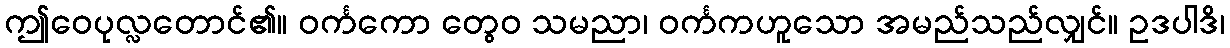
ဤဝေပုလ္လတောင်၏။ ဝင်္ကကော တွေဝ သမညာ၊ ဝင်္ကကဟူသော အမည်သည်လျှင်။ ဥဒပါဒိ၊